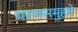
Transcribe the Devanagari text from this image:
चरणसमुहमे